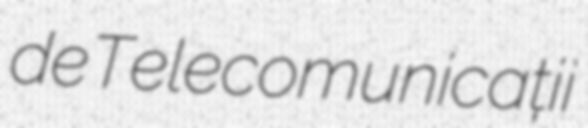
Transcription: de Telecomunicații